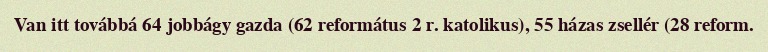
Van itt továbbá 64 jobbágy gazda (62 református 2 r. katolikus), 55 házas zsellér (28 reform.